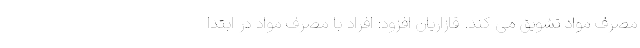
مصرف مواد تشویق می کند. قازاریان افزود: افراد با مصرف مواد در ابتدا